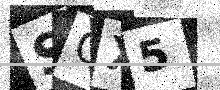
Text: SQX5